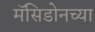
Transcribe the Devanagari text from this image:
मॅसिडोनच्या